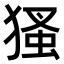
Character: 𤠘